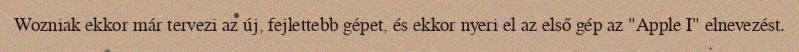
Wozniak ekkor már tervezi az új, fejlettebb gépet, és ekkor nyeri el az első gép az "Apple I" elnevezést.